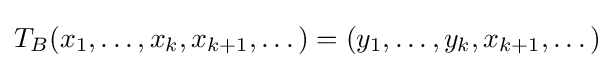
T_{B}(x_{1},\dots ,x_{k},x_{k+1},\dots )=(y_{1},\dots ,y_{k},x_{k+1},\dots )